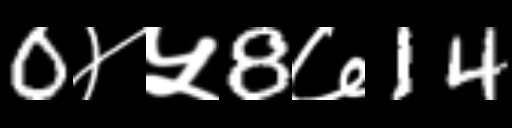
Text: 0४५8७14